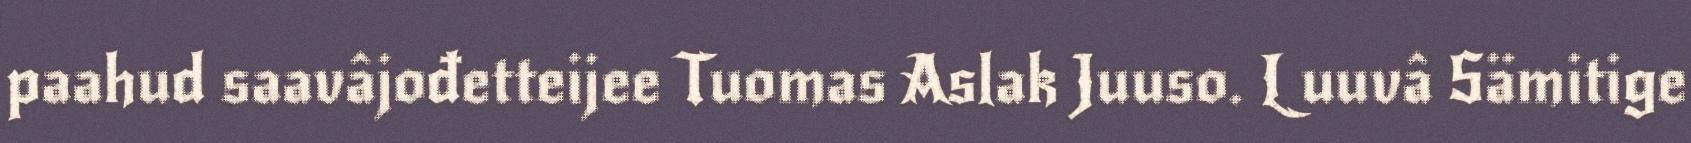
paahud saavâjođetteijee Tuomas Aslak Juuso. L uuvâ Sämitige